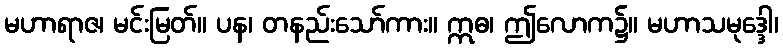
မဟာရာဇ၊ မင်းမြတ်။ ပန၊ တနည်းသော်ကား။ ဣဓ၊ ဤလောက၌။ မဟာသမုဒ္ဒေါ၊